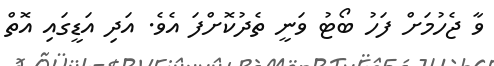
ވާ ޖެހުމަށް ފަހު ބޯޓު ވަނީ ތެދުކޮށްފަ އެވެ. އަދި އަޑީގައި އޮތް